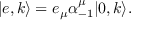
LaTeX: | e , k \rangle = e _ { \mu } \alpha _ { - 1 } ^ { \mu } | 0 , k \rangle .